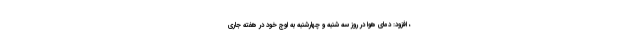
، افزود: دمای هوا در روز سه شنبه و چهارشنبه به اوج خود در هفته جاری